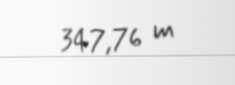
347,76 m